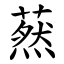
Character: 䔳